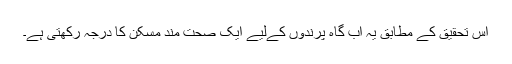
اس تحقیق کے مطابق یہ آب گاہ پرندوں کےلیے ایک صحت مند مسکن کا درجہ رکھتی ہے۔